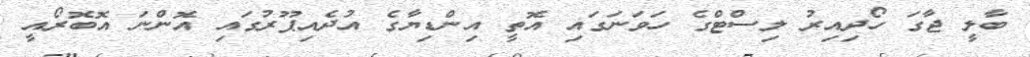
ބާލީ ޖާގަ ހޯދިއިރު ލިސްޓްގެ ހަވަނަގައި އޮތީ އިންޑިޔާގެ އުދެއިޕޫރުގައި އޮންނަ އޮބޮރޯއީ